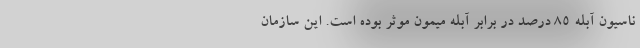
ناسیون آبله ۸۵ درصد در برابر آبله میمون موثر بوده است. این سازمان